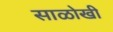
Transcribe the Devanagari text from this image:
साळोखी